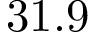
3 1 . 9